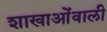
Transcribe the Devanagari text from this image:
शाखाओंवाली